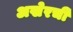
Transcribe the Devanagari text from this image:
अखेरचीं